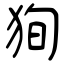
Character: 狥